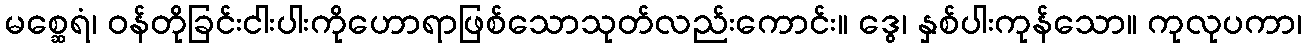
မစ္ဆေရံ၊ ဝန်တိုခြင်းငါးပါးကိုဟောရာဖြစ်သောသုတ်လည်းကောင်း။ ဒွေ၊ နှစ်ပါးကုန်သော။ ကုလုပကာ၊